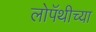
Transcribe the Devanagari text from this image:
लोपॅथीच्या